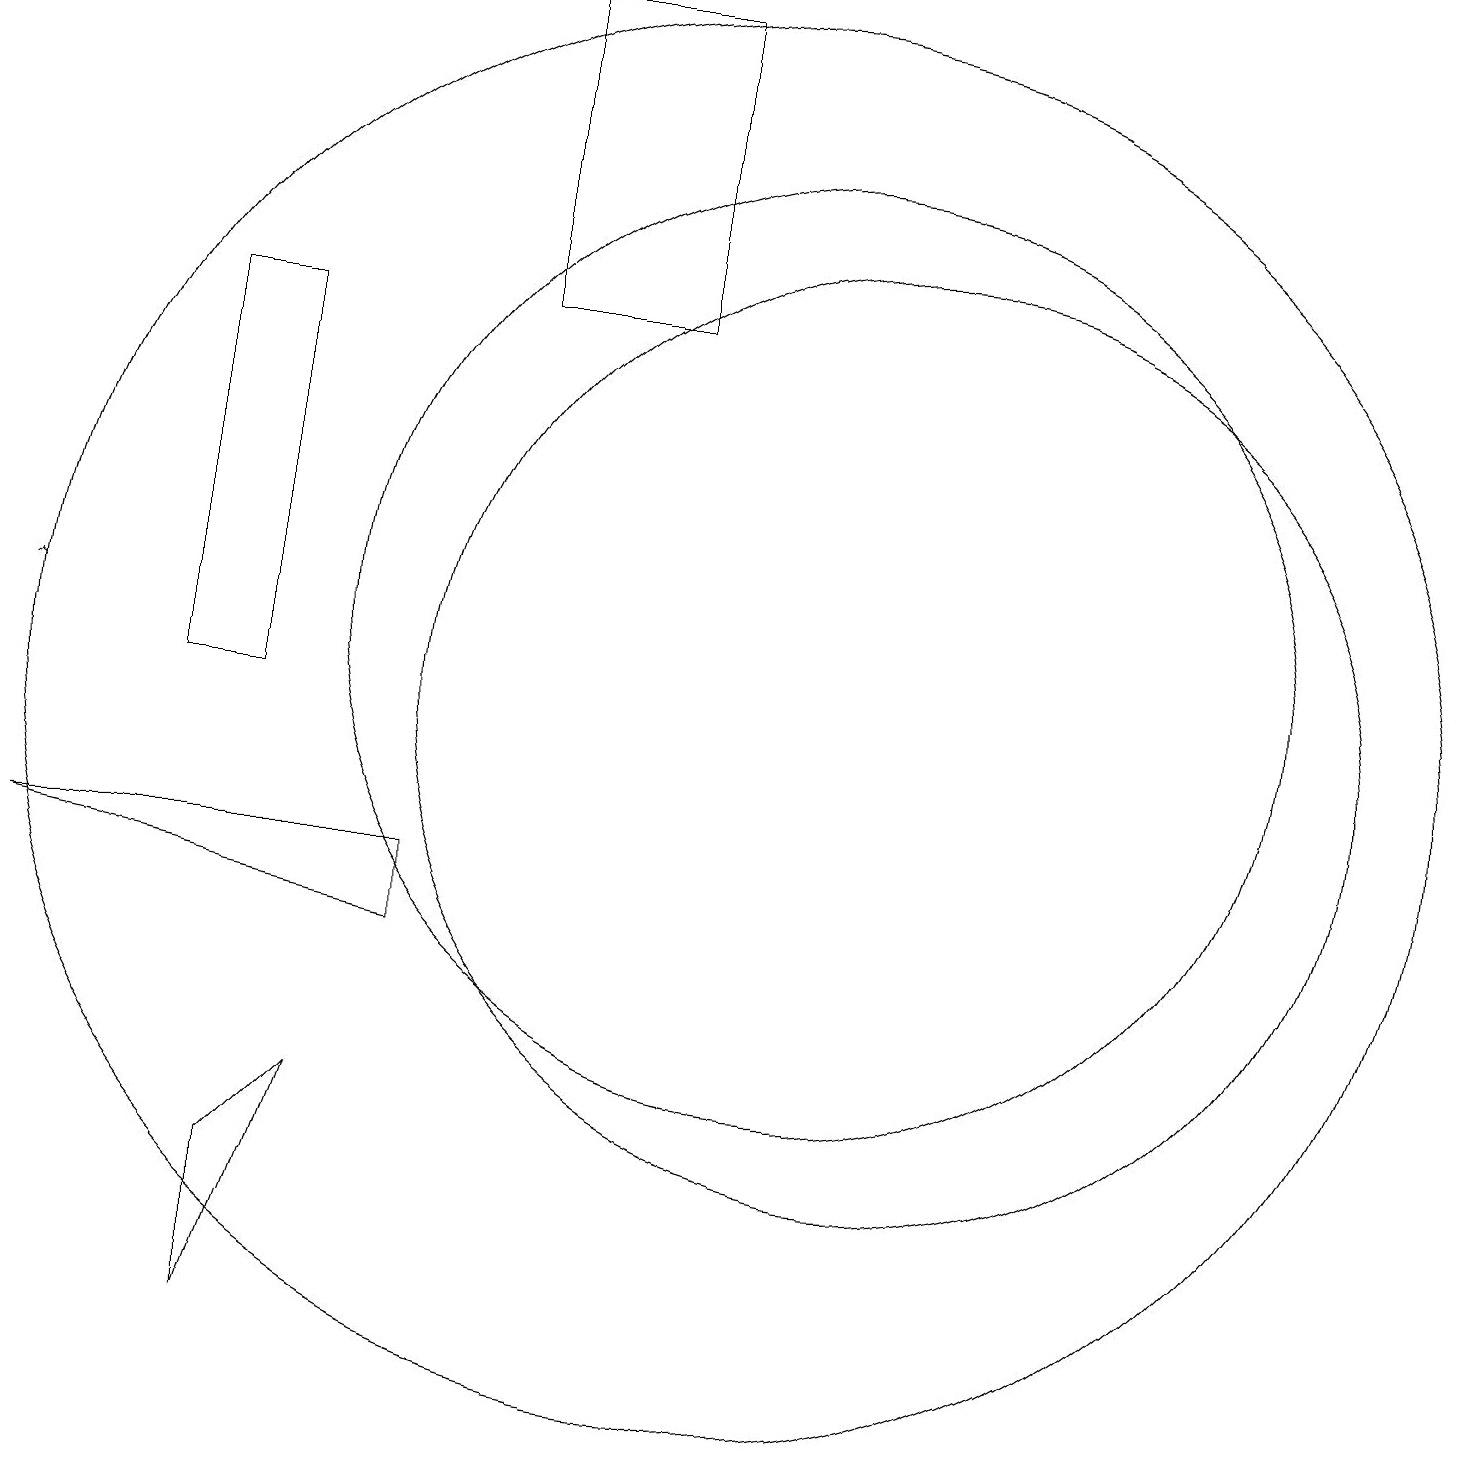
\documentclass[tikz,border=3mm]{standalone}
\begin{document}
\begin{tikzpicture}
\draw (10,10) circle (9);
\draw (3,10) rectangle (4,15);
\draw (5,5) -- (4,2) -- (4,4) -- cycle;
\draw[->] (1,11) -- (1,11);
\draw (12,10) circle (6);
\draw (11,11) circle (6);
\draw (9,15) rectangle (7,19);
\draw (1,8) -- (6,8) -- (6,7) -- cycle;
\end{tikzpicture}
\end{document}